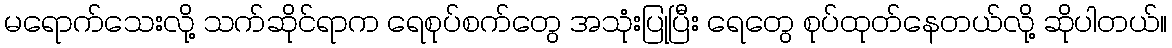
မရောက်သေးလို့ သက်ဆိုင်ရာက ရေစုပ်စက်တွေ အသုံးပြုပြီး ရေတွေ စုပ်ထုတ်နေတယ်လို့ ဆိုပါတယ်။